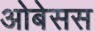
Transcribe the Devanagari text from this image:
ओबेसस